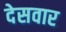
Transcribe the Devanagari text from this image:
देसवार